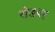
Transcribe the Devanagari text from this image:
रोडपर